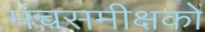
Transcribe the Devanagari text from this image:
मंचसमीक्षकों